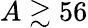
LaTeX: A\gtrsim 56